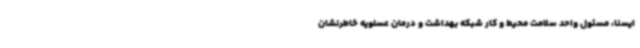
ایسنا، مسئول واحد سلامت محیط و کار شبکه بهداشت و درمان عسلویه خاطرنشان